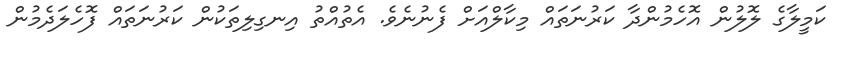
ކަމީލާގެ ލޮލުން އޮހެމުންދާ ކަރުނަތައް މިކާލްއަށް ފެނުނެވެ. އެތުއްތު އިނގިލިތަކުން ކަރުނަތައް ފޮހެލަދެމުން